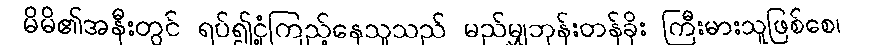
မိမိ၏အနီးတွင် ရပ်၍ငုံ့ကြည့်နေသူသည် မည်မျှဘုန်းတန်ခိုး ကြီးမားသူဖြစ်စေ၊